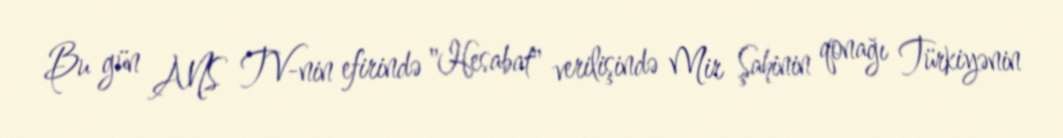
Bu gün ANS TV-nin efirində "Hesabat" verilişində Mir Şahinin qonağı Türkiyənin